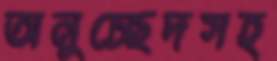
অনুচ্ছেদসহ